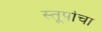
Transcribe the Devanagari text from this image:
स्तूपांचा